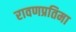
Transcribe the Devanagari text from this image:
रावणप्रतिमा